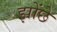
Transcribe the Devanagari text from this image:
झोंछे